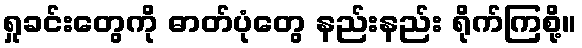
ရှုခင်းတွေကို ဓာတ်ပုံတွေ နည်းနည်း ရိုက်ကြစို့။